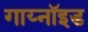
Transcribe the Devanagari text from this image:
गाय्नॉइड